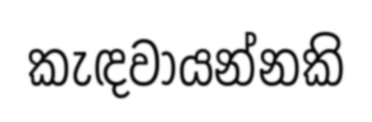
කැඳවායන්නකි